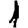
Digit: 1